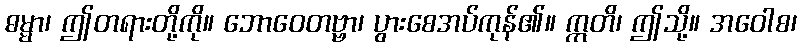
ဓမ္မာ၊ ဤတရားတို့ကို။ ဘောဝေတဗ္ဗာ၊ ပွားစေအပ်ကုန်၏။ ဣတိ၊ ဤသို့။ အဝေါစ၊